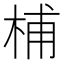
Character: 㭪